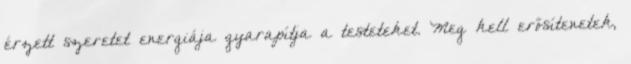
érzett szeretet energiája gyarapítja a testeteket. Meg kell erősítenetek,